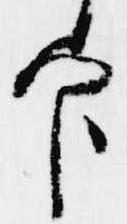
官